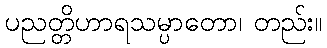
ပညတ္တိဟာရသမ္ပာတော၊ တည်း။